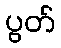
ပွတ်